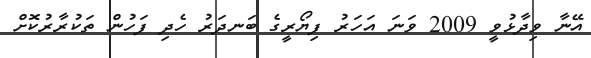
އޭނާ ވިދާޅުވީ 2009 ވަނަ އަހަރު ފިޔޯރީގެ ބަނދަރު ހެދި ފަހުން ތަކުރާރުކޮށް